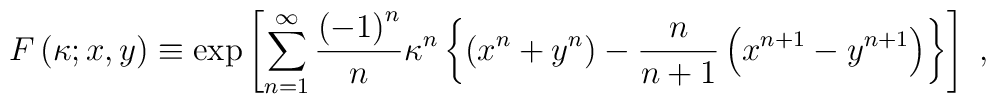
F\left(\kappa;x,y\right)\equiv\exp\left[\sum^\infty_{n=1}{\left(-1\right)^n\over n}\kappa^n\left\{\left( x^n+y^n\right)-{n\over n+1}\left( x^{n+1}-y^{n+1}\right)\right\}\right]\ ,